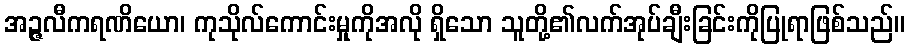
အဉ္ဇလီကရဏိယော၊ ကုသိုလ်ကောင်းမှုကိုအလို ရှိသော သူတို့၏လက်အုပ်ချီးခြင်းကိုပြုရာဖြစ်သည်။